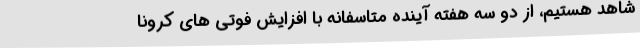
شاهد هستیم، از دو سه هفته آینده متاسفانه با افزایش فوتی های کرونا